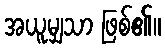
အယူမျှသာ ဖြစ်၏။